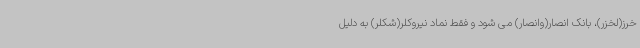
خرز(لخزر)، بانک انصار(وانصار) می شود و فقط نماد نیروکلر(شکلر) به دلیل